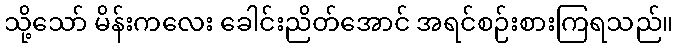
သို့သော် မိန်းကလေး ခေါင်းညိတ်အောင် အရင်စဉ်းစားကြရသည်။